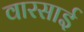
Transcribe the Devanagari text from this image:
वारसाई